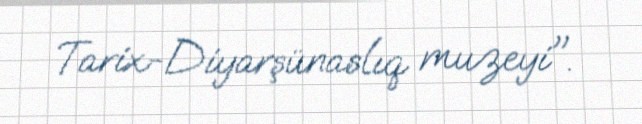
Tarix-Diyarşünaslıq muzeyi".